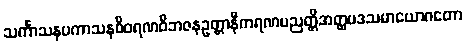
သင်္ကာသနပကာသနဝိဝရဏဝိဘဇနဥတ္တာနီကရဏပညတ္တိအတ္ထပဒသမာယောဂတော